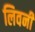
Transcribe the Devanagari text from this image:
लिवनी